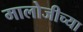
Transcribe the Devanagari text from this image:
मालोजीच्या